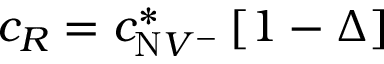
c _ { R } = c _ { \mathrm { N } V ^ { - } } ^ { * } \left[ 1 - \Delta \right]